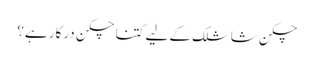
چکن شاشلک کے لیے کتنا چکن درکار ہے؟